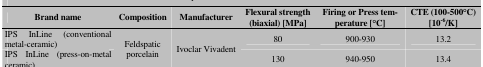
| Brand name | Composition | Manufacturer | Flexural strength(biaxial) [MPa] | Firing or Press temperature [°C] | CTE (100-500°C)[10-6/K] |
 | --- | --- | --- | --- | --- | --- |
 | IPS InLine (conventional metal-ceramic) | <ROWSPAN=2> Feldspatic porcelain | <ROWSPAN=2> Ivoclar Vivadent | 80 | 900-930 | 13.2 |
 | IPS InLine (press-on-metal ceramic) | 130 | 940-950 | 13.4 |